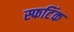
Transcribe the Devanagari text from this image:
स्फटिंक